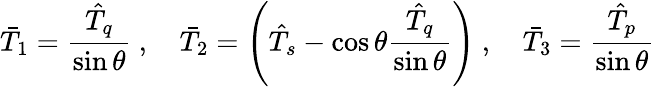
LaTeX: \bar{T}_{1}=\frac{\hat{T}_{q}}{\sin\theta}\ ,\quad\bar{T}_{2}=\left(\hat{T}_{s}-\cos\theta\frac{\hat{T}_{q}}{\sin\theta}\right)\ ,\quad\bar{T}_{3}=\frac{\hat{T}_{p}}{\sin\theta}